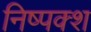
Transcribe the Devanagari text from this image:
निष्पक्श